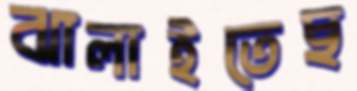
ঝালাইতেছ